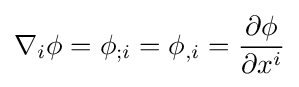
\nabla _{i}\phi =\phi _{;i}=\phi _{,i}={\frac {\partial \phi }{\partial x^{i}}}